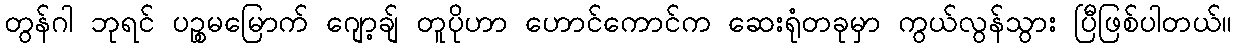
တွန်ဂါ ဘုရင် ပဉ္စမမြောက် ဂျော့ချ် တူပိုဟာ ဟောင်ကောင်က ဆေးရုံတခုမှာ ကွယ်လွန်သွား ပြီဖြစ်ပါတယ်။